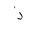
Letter: _thal